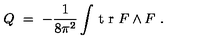
Q \ = \ - \frac { 1 } { 8 \pi ^ { 2 } } \int \! \textrm { t r } F \wedge F \ .